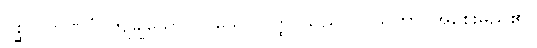
ပိစ္ဆိလကုဏပံ၊ ကျိချွဲသော ပုပ်သော ဝတ္ထု သည်။ လသိကာ၊ အစေးမည်၏။